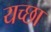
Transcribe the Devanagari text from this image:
यच्छा